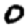
Digit: 0